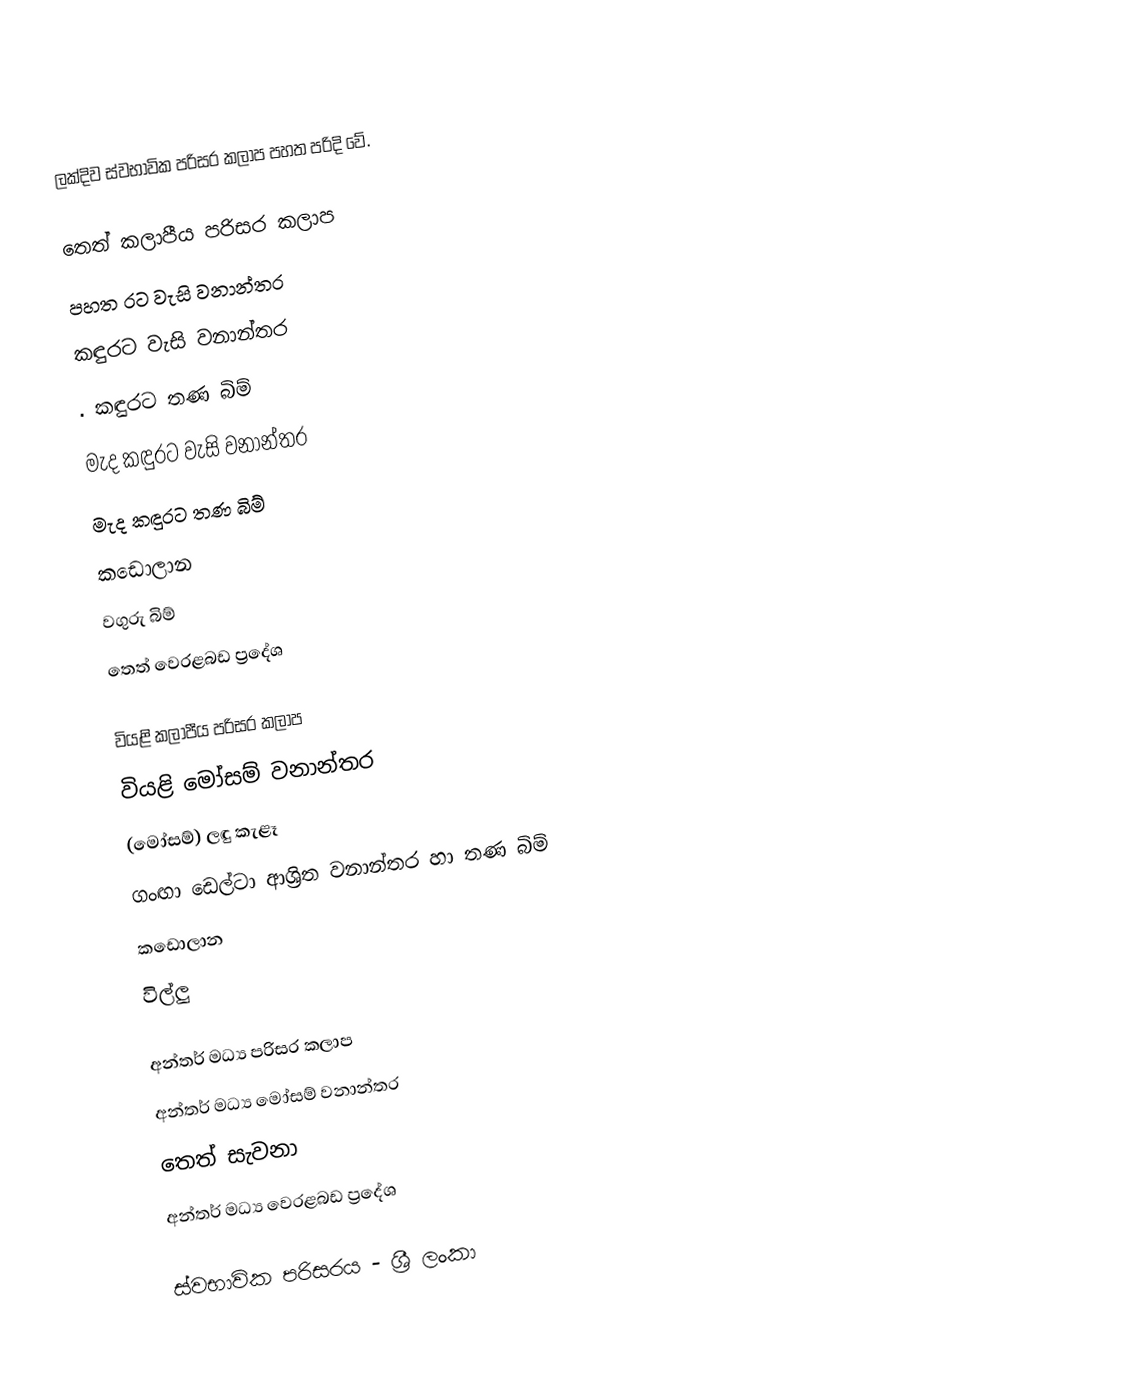
ලක්දිව ස්වභාවික පරිසර කලාප පහත පරිදි වේ.

තෙත් කලාපීය පරිසර කලාප
 පහත රට වැසි වනාන්තර
 කඳුරට වැසි  වනාන්තර
.  කඳුරට තණ බිම්
 මැද කඳුරට වැසි වනාන්තර
 මැද කඳුරට තණ බිම්
 කඩොලාන
 වගුරු බිම්
 තෙත් වෙරළබඩ ප්‍රදේශ

වියළි කලාපීය පරිසර කලාප
 වියළි මෝසම් වනාන්තර
 (මෝසම්) ලඳු කැළෑ
 ගංඟා ඩෙල්ටා ආශ්‍රිත වනාන්තර හා තණ බිම්
 කඩොලාන
 විල්ලු

අන්තර් මධ්‍ය පරිසර කලාප
 අන්තර් මධ්‍ය මෝසම් වනාන්තර
 තෙත් සැවනා
 අන්තර් මධ්‍ය වෙරළබඩ ප්‍රදේශ

ස්වභාවික පරිසරය - ශ්‍රී ලංකා